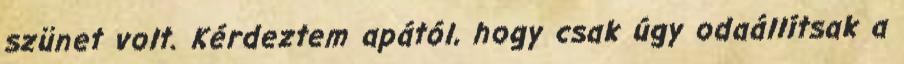
szünet volt. Kérdeztem apától, hogy csak úgy odaállítsak a